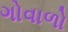
ગોવાળો